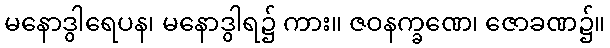
မနောဒွါရေပန၊ မနောဒွါရ၌ ကား။ ဇဝနက္ခဏေ၊ ဇောခဏ၌။